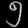
Digit: ၅